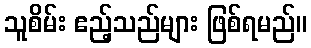
သူစိမ်း ဧည့်သည်များ ဖြစ်ရမည်။